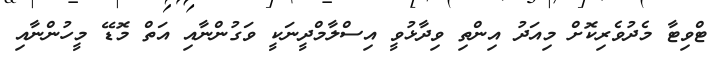
ޓްވިޓާ މެދުވެރިކޮށް މިއަދު އިންތި ވިދާޅުވީ އިސްލާމްދީނަކީ ވަގުންނާއި އަތް މޮޑޭ މީހުންނާއި